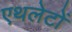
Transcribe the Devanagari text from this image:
एथलेटों